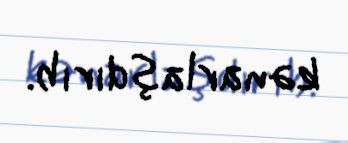
kənarlaşdırıb.